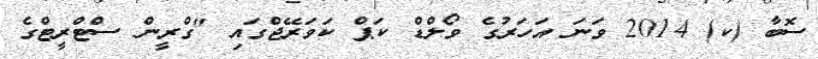
ސޮބާ (ކ) 2014 ވަނަ އަހަރުގެ ވޯލްޑް ކަޕް ކަވަރޭޖްގައި "ގްރީން ސްޓްރީޓްގެ